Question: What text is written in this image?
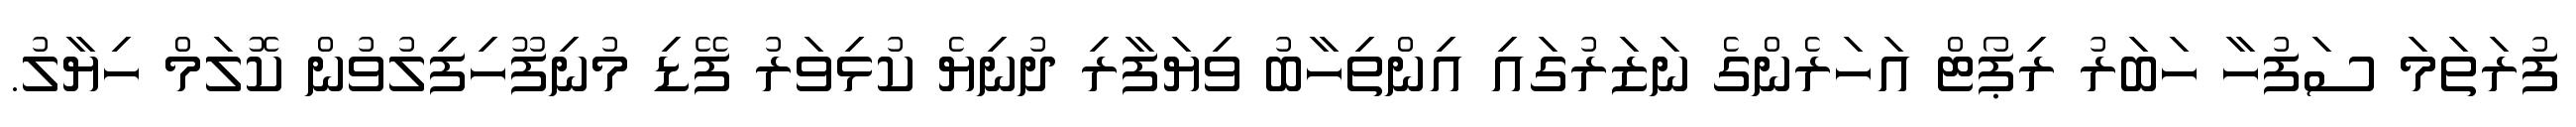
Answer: ފުރަތަމަ ސަފުހާ ހަބަރު ރިޕޯޓް އަހަރެންގެ ނަޒަރުގައި އިންތިހާބު ވިޔަފާރި ދުނިޔެ ކުޅިވަރު ފޭޑި މުނިފޫހިފިލުވުން ކޮލަމް ހިޔާލު.